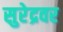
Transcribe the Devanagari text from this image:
सुरेद्रवर